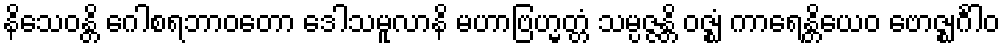
နိသေဝန္တိ ဂေါစရဘာဝတော ဒေါသမူလာနိ မဟာဗြဟ္မတ္တံ သမ္ပဇ္ဇန္တိ ဝဇ္ဈံ ကာရေန္တိယေဝ ဗောဇ္ဈင်္ဂါဝ